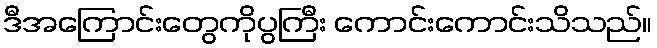
ဒီအကြောင်းတွေကိုပွကြီး ကောင်းကောင်းသိသည်။